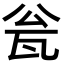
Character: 瓮